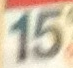
15